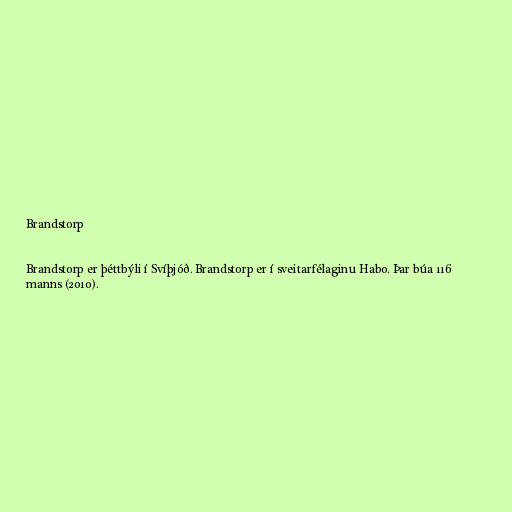
Brandstorp

Brandstorp er þéttbýli í Svíþjóð. Brandstorp er í sveitarfélaginu Habo. Þar búa 116
manns (2010).